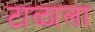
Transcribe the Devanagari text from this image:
टाळाला